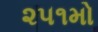
૨૫૧મો